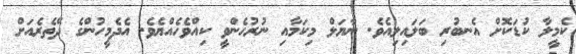
ކެމީލާ ކުޑަކޮށް އެނބުރި ބަލައިލިއެވެ. ނާޔަލް މިކަމާއި ނުރުހެންވީ ކިއްވެހެއްޔެވެ. އެދެމީހުންގެ ދޭތެރެއަށް